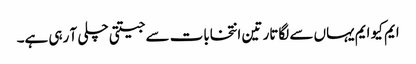
ایم کیو ایم یہاں سے لگاتار تین انتخابات سے جیتتی چلی آ رہی ہے۔